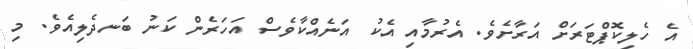
އެ ހެލިކޮޕްޓަރަށް އަރާށެވެ. އެރުމާއި އެކު އަނެއްކާވެސް އަހަރެން ކަނު ބަނދެލިއެވެ. މި